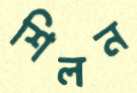
শিলন